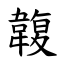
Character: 䪖